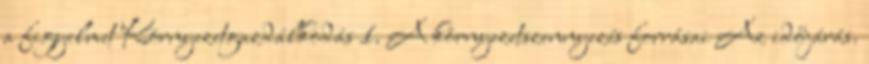
a figyelmet Környezetgazdálkodás 1. A környezetszennyezés forrásai Az időjárás.